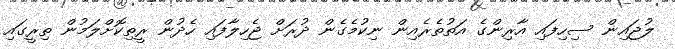
ލުޖައިން ސިހިފައި އާރިންގެ އަތުތެރެއިން ނިކުމެގެން ދުރަށް ޖެހިލާފައި ހެދުން ރީތިކޮށްލަމުން ތިރީގައި